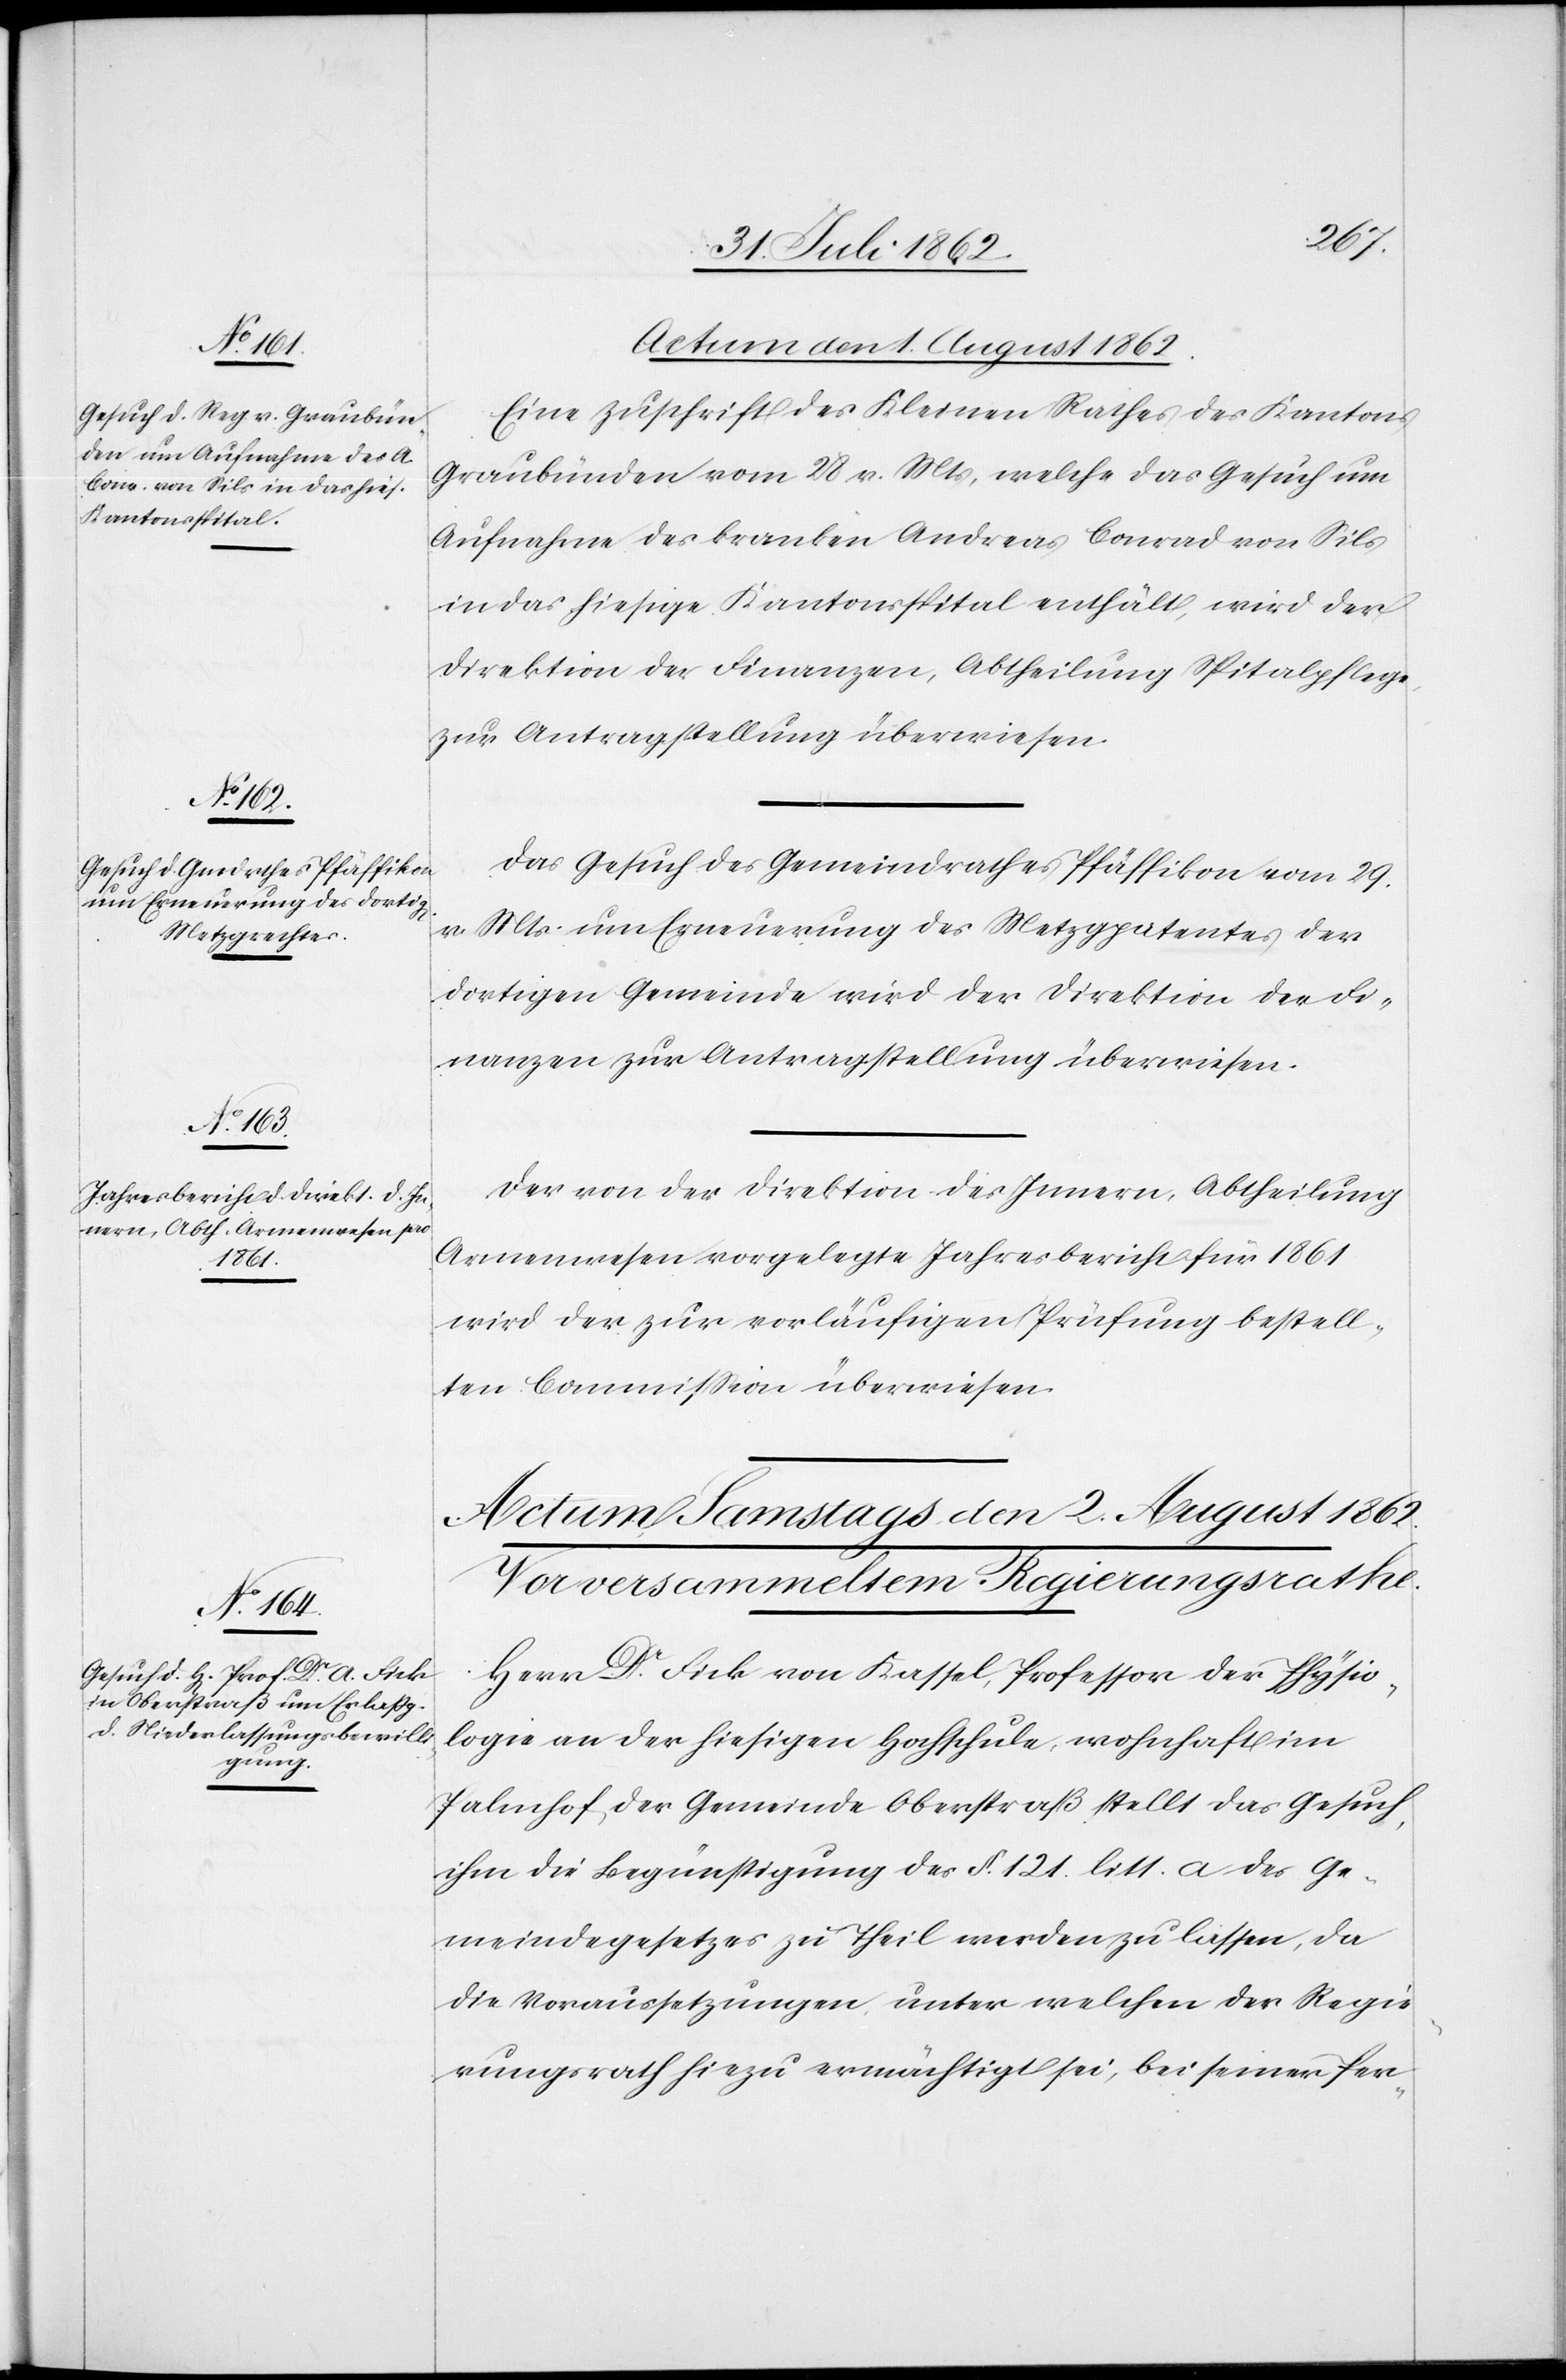
Actum den 1. August 1862.]
Eine Zuschrift des Kleinen Rathes des Kantons
Graubünden vom 28. v. Mts., welche das Gesuch um
Aufnahme des kranken Andreas Conrad von Sils
in das hiesige Kantonsspital enthält, wird der
Direktion der Finanzen, Abtheilung Spitalpflege
zur Antragstellung überwiesen.
Das Gesuch des Gemeindrathes Pfäffikon vom 29.
v. Mts. um Erneuerung des Metzgpatentes der
dortigen Gemeinde wird der Direktion der Fi¬
nanzen zur Antragstellung überwiesen.
Der von der Direktion des Innern, Abtheilung
Armenwesen vorgelegte Jahresbericht für 1861
wird der zur vorläufigen Prüfung bestell¬
ten Commission überwiesen.
Herr Dr. Fick von Kassel, Professor der Physio¬
logie an der hiesigen Hochschule, wohnhaft im
Palmhof, der Gemeinde Oberstraß stellt das Gesuch,
ihm die Begünstigung des §. 121. litt. a des Ge¬
meindegesetzes zu Theil werden zulassen, da
die Voraussetzungen, unter welchen der Regie¬
rungsrath hiezu ermächtigt sei, bei seiner Per-